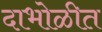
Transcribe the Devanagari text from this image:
दाभोळीत